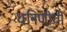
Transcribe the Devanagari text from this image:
धनिणीची